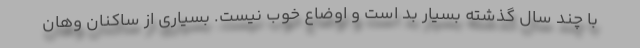
با چند سال گذشته بسیار بد است و اوضاع خوب نیست. بسیاری از ساکنان وهان